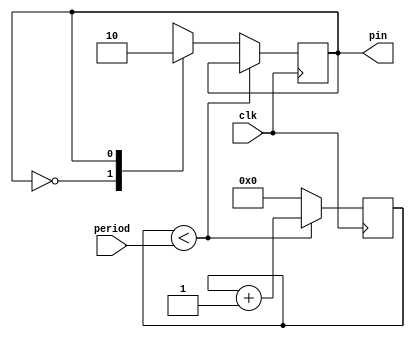
module pwm_generator(
	input clk,
	input [7:0] period,
	output pin
	);
	reg [7:0] counter;
	reg pin_out;
	assign pin = pin_out;
	always @(posedge clk) begin
		if (counter < period)
			counter <= counter + 1;
		else begin
			counter <= 0;
			case (pin)
				1'b0: pin_out <= 1;
				1'b1: pin_out <= 0;
				default: pin_out <= 0;
			endcase
		end
	end
endmodule